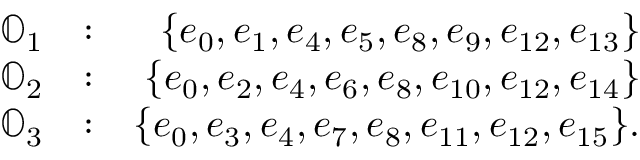
\begin{array} { r l r } { \mathbb { O } _ { 1 } } & { : } & { \{ e _ { 0 } , e _ { 1 } , e _ { 4 } , e _ { 5 } , e _ { 8 } , e _ { 9 } , e _ { 1 2 } , e _ { 1 3 } \} } \\ { \mathbb { O } _ { 2 } } & { : } & { \{ e _ { 0 } , e _ { 2 } , e _ { 4 } , e _ { 6 } , e _ { 8 } , e _ { 1 0 } , e _ { 1 2 } , e _ { 1 4 } \} } \\ { \mathbb { O } _ { 3 } } & { : } & { \{ e _ { 0 } , e _ { 3 } , e _ { 4 } , e _ { 7 } , e _ { 8 } , e _ { 1 1 } , e _ { 1 2 } , e _ { 1 5 } \} . } \end{array}